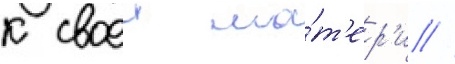
к своеи ма́т'ер'и //